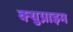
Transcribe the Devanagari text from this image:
क्युप्राइम